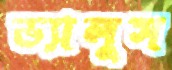
ভ্যালুস